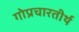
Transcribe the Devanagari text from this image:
गोप्रचारतीर्थ